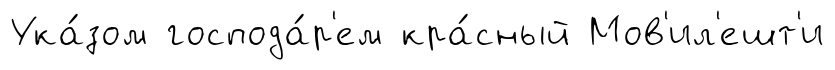
Ука́зом господа́р'ем кра́сный Мов'ил'ешт'и